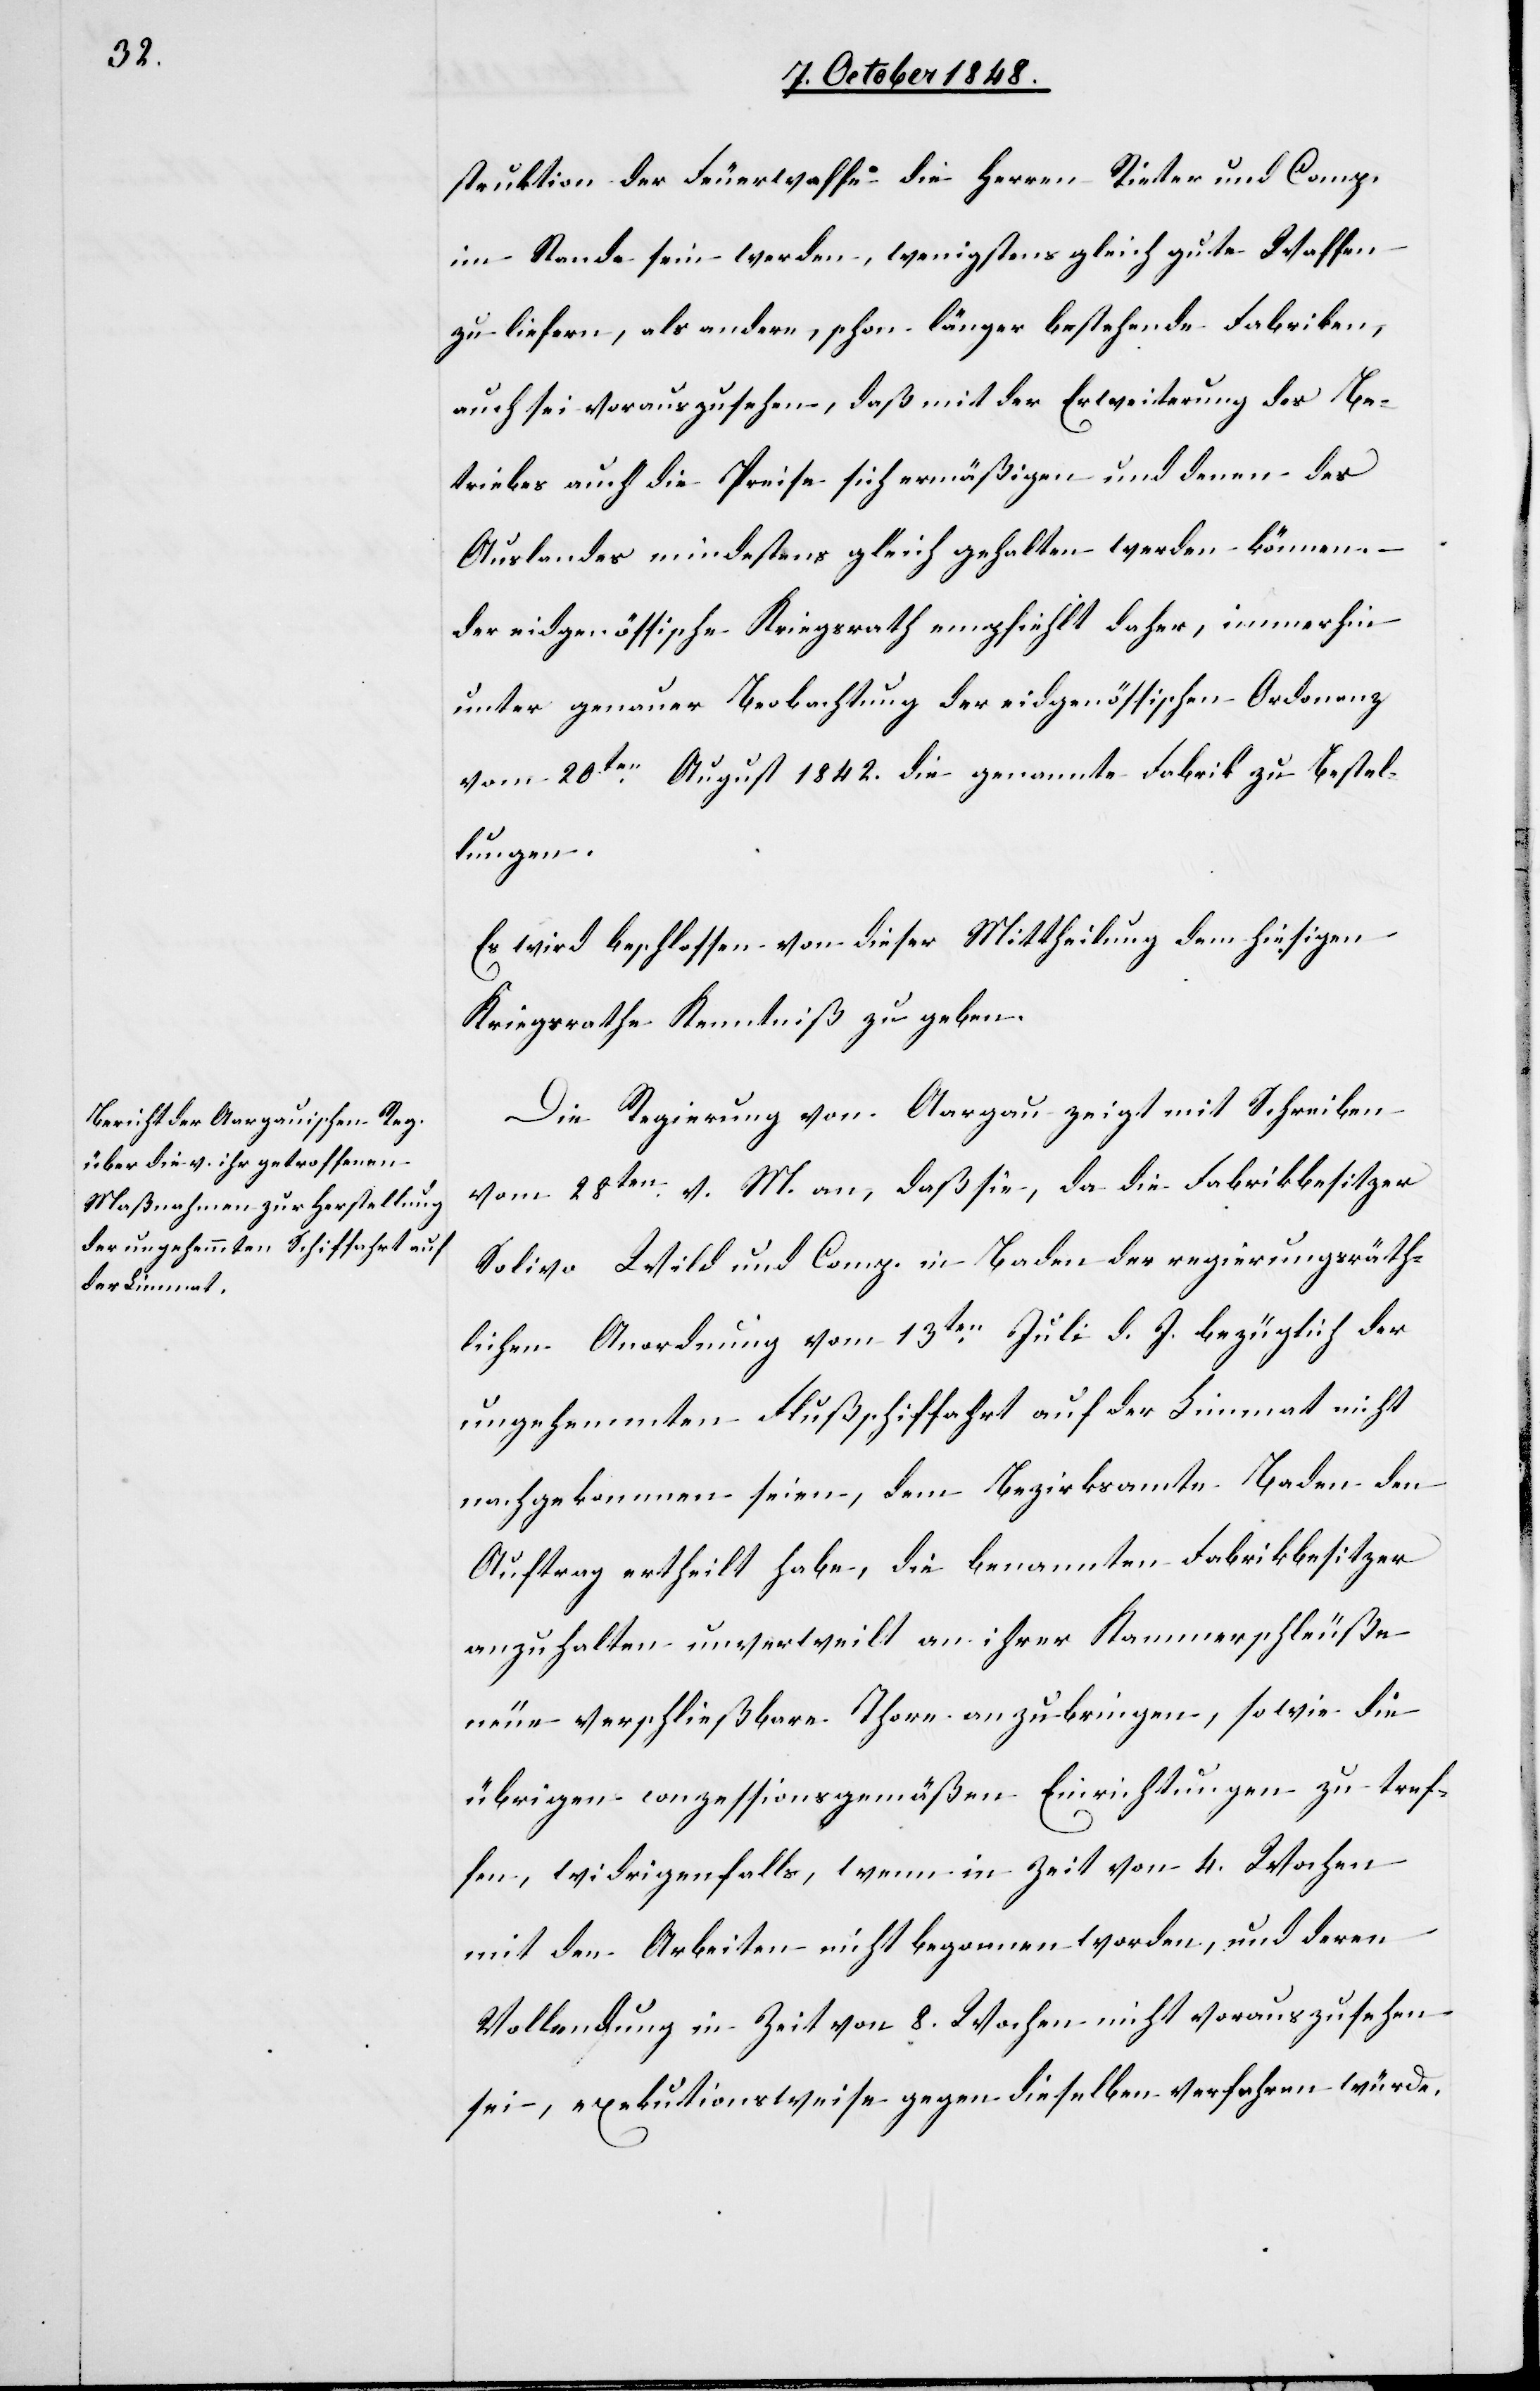
struktion der Feuerwaffe die Herren Rieter und Comp.
im Stande sein werden, wenigstens gleich gute Waffen
zu liefern, als andere, schon länger bestehende Fabriken,
auch sei vorauszusehen, daß mit der Erweiterung des Be¬
triebes auch die Preise sich ermäßigen und denen des
Auslandes mindestens gleich gehalten werden können –
der eidgenössische Kriegsrath empfiehlt daher, immerhin
unter genauer Beobachtung der eidgenössischen Ordonenz
vom 20ten August 1842. die genannte Fabrik zu Bestel¬
lungen.
Es wird beschlossen von dieser Mittheilung dem hiesigen
Kriegsrathe Kenntniß zu geben.
Die Regierung von Aargau zeigt mit Schreiben
vom 28ten v. M. an, daß sie, da die Fabrikbesitzer
Solivo Wild und Comp. in Baden der regierungsräth¬
lichen Anordnung vom 13ten Juli d. J. bezüglich der
ungehemmten Flußschiffahrt auf der Limmat nicht
nachgekommen seien, dem Bezirksamte Baden den
Auftrag ertheilt habe, die benannten Fabrikbesitzer
anzuhalten unverweilt an ihrer Kammerschleuße
neue verschließbare Thore anzubringen, sowie die
übrigen conzessionsgemäßen Einrichtungen zu tref¬
fen, wiedrigenfalls, wenn in Zeit von 4. Wochen
mit den Arbeiten nicht begonnen worden, und deren
Vollendung in Zeit von 8. Wochen nicht vorauszusehen
sei, exekutionsweise gegen dieselben verfahren würde.